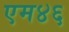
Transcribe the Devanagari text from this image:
एम४६